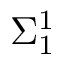
\Sigma _ { 1 } ^ { 1 }